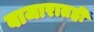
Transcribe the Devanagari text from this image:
बाजारातही